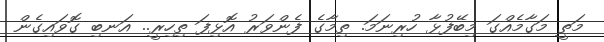
މަތީ މަގާމެއްގަ މިބޭފުޅާ ހުރިނަމަ. ތިމާގެ ފެންވަރު އޮޅިފަ ތިހިރީ.. އަނބި ގޮވައިގެން